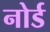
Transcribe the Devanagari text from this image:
नोर्ड